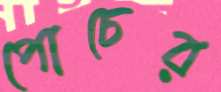
পোচের